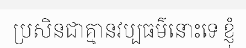
ប្រសិនជាគ្មានវប្បធម៌នោះទេ ខ្ញុំ